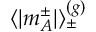
\langle | m _ { A } ^ { \pm } | \rangle _ { \pm } ^ { ( g ) }